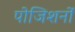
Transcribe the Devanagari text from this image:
पोजिशनों